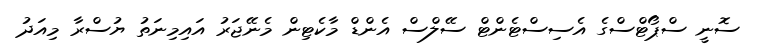
ސޮނީ ސްޕޯޓްސްގެ އެސިސްޓެންޓް ސޭލްސް އެންޑް މާކެޓިން މެނޭޖަރު އައިމިނަތު ޔުސްރާ މިއަދު